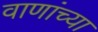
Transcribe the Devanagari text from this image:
वाणांच्या